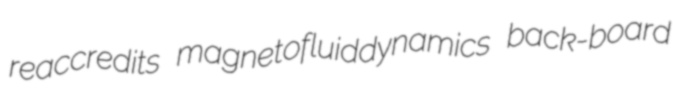
reaccredits magnetofluiddynamics back-board